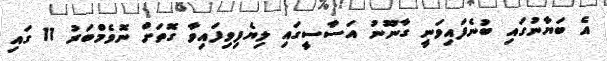
އެ ބަޔާނުގައި ބުނެފައިވަނީ ގާނޫނު އަސާސީގައި ލިޔެފިވިފައިވާ ގޮތަށް ނޮވެމްބަރު 11 ގައި